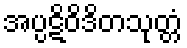
အပ္ပဋိဝိဒိတသုတ္တံ